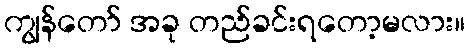
ကျွန်တော် အခု တည်ခင်းရတော့မလား။